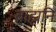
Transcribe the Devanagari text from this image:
ब्राह्मनि